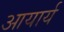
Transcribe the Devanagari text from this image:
आयार्य